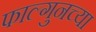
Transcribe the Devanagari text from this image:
फाल्गुनच्या